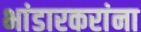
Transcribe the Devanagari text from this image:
भांडारकरांना